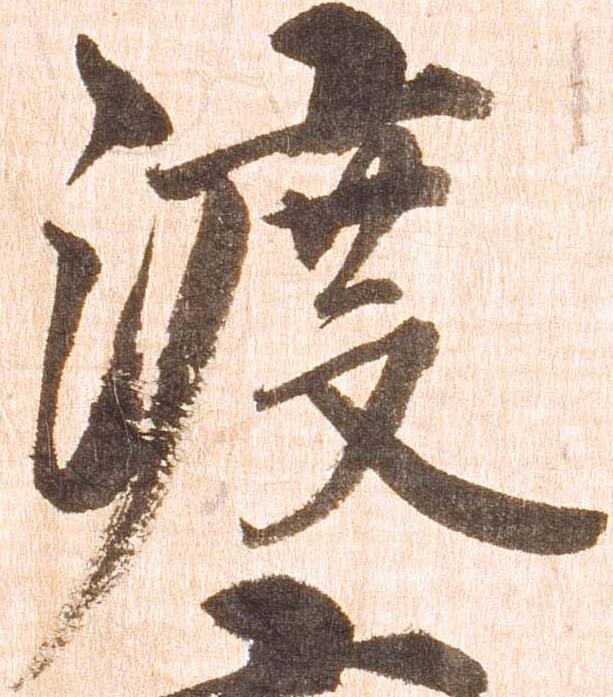
渡